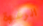
الرغوة